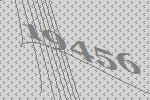
19456